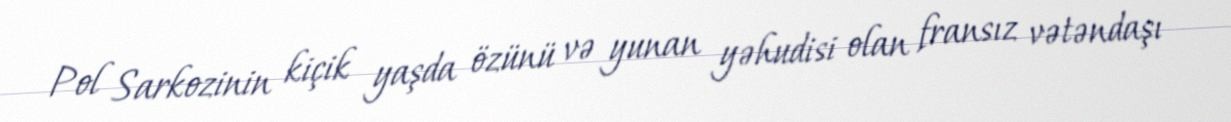
Pol Sarkozinin kiçik yaşda özünü və yunan yəhudisi olan fransız vətəndaşı